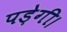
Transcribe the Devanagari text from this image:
पडे़गी।